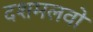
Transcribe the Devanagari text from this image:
दशमलवों